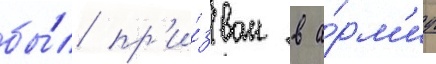
бы́л пр'и́зван в а́рм'иу